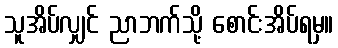
သူအိပ်လျှင် ညာဘက်သို့ စောင်းအိပ်ရမှ။